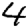
Digit: 4